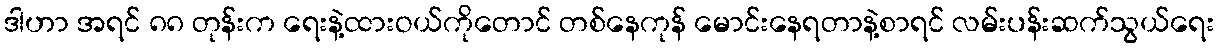
ဒါဟာ အရင် ၈၈ တုန်းက ရေးနဲ့ထားဝယ်ကိုတောင် တစ်နေကုန် မောင်းနေရတာနဲ့စာရင် လမ်းပန်းဆက်သွယ်ရေး